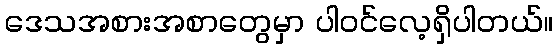
ဒေသအစားအစာတွေမှာ ပါဝင်လေ့ရှိပါတယ်။